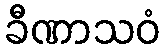
ခီဏာသဝံ